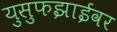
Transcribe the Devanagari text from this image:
युसुफझाईवर